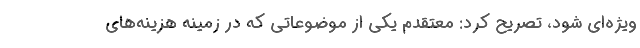
ویژه‌ای شود، تصریح کرد: معتقدم یکی از موضوعاتی که در زمینه هزینه‌های